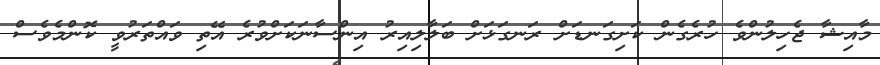
މާއިޝާ ޖެހިލުންވެ ހުރެގެން ކަށިގަނޑަށް ރަނގަޅަށް ބަލާލިއިރު އިންސާނަކަށްވުރެ އޭތި ވައްތަރުވީ ކޮންމެވެސް